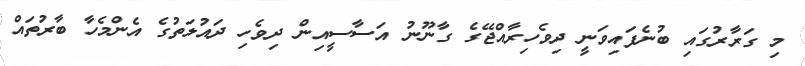
މި ގަރާރުގައި ބުނެފައިވަނީ ދިވެހިރާއްޖޭގެ ގާނޫނު އަސާސީއިން ދިވެހި ދައުލަތުގެ އެންމެހާ ބާރުތައް